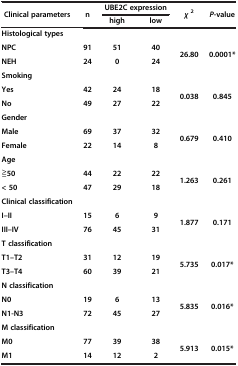
| <ROWSPAN=2> Clinical parameters | <ROWSPAN=2> n | <COLSPAN=2> UBE2C expression | <ROWSPAN=2> χ 2 | <ROWSPAN=2> P-value |
 | high | low |
 | --- | --- | --- | --- | --- | --- |
 | Histological types |  |  |  |  |  |
 | NPC | 91 | 51 | 40 | <ROWSPAN=2> 26.80 | <ROWSPAN=2> 0.0001* |
 | NEH | 24 | 0 | 24 |
 | Smoking |  |  |  |  |  |
 | Yes | 42 | 24 | 18 | <ROWSPAN=2> 0.038 | <ROWSPAN=2> 0.845 |
 | No | 49 | 27 | 22 |
 | Gender |  |  |  |  |  |
 | Male | 69 | 37 | 32 | <ROWSPAN=2> 0.679 | <ROWSPAN=2> 0.410 |
 | Female | 22 | 14 | 8 |
 | Age |  |  |  |  |  |
 | ≧50 | 44 | 22 | 22 | <ROWSPAN=2> 1.263 | <ROWSPAN=2> 0.261 |
 | < 50 | 47 | 29 | 18 |
 | Clinical classification |  |  |  |  |  |
 | I–II | 15 | 6 | 9 | <ROWSPAN=2> 1.877 | <ROWSPAN=2> 0.171 |
 | III–IV | 76 | 45 | 31 |
 | T classification |  |  |  |  |  |
 | T1–T2 | 31 | 12 | 19 | <ROWSPAN=2> 5.735 | <ROWSPAN=2> 0.017* |
 | T3–T4 | 60 | 39 | 21 |
 | N classification |  |  |  |  |  |
 | N0 | 19 | 6 | 13 | <ROWSPAN=2> 5.835 | <ROWSPAN=2> 0.016* |
 | N1-N3 | 72 | 45 | 27 |
 | M classification |  |  |  |  |  |
 | M0 | 77 | 39 | 38 | <ROWSPAN=2> 5.913 | <ROWSPAN=2> 0.015* |
 | M1 | 14 | 12 | 2 |